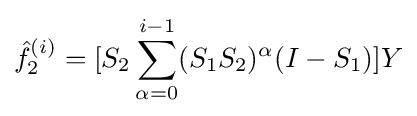
{\hat {f}}_{2}^{(i)}=[S_{2}\sum _{\alpha =0}^{i-1}(S_{1}S_{2})^{\alpha }(I-S_{1})]Y